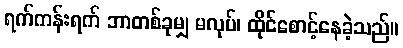
ရက်ကန်းရက် ဘာတစ်ခုမျှ မလုပ်၊ ထိုင်စောင့်နေခဲ့သည်။